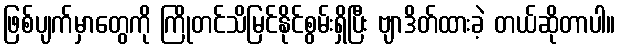
ဖြစ်ပျက်မှာတွေကို ကြိုတင်သိမြင်နိုင်စွမ်းရှိပြီး ဗျာဒိတ်ထားခဲ့ တယ်ဆိုတာပါ။